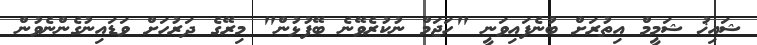
ޝައިޚު ޝަމީމް އިތުރަށް ބުނެފައިވަނީ "ހަޖަމް ނުކުރެވޭނެ ބޭފުޅުން" މިރޭގެ ދަރުހަށް ވަޑައިނުގެންނެވުން